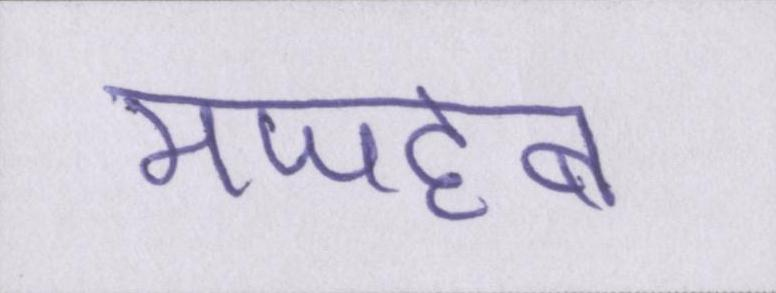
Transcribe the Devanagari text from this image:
मजहब